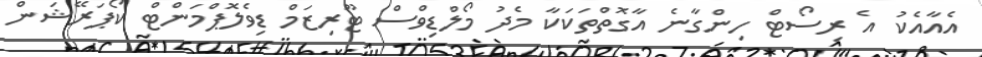
އެއާއެކު އެ ރިސޯޓް ހިންގާނެ އާގޮތްތަކަކާ މެދު މޯލްޑިވްސް ޓޫރިޒަމް ޑިވެލޮޕްމަންޓް ކޯޕަރޭޝަން